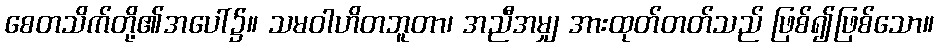
စေတသိက်တို့၏အပေါ်၌။ သမဝါဟိတဘူတာ၊ အညီအမျှ အားထုတ်တတ်သည် ဖြစ်၍ဖြစ်သော။